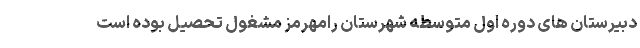
دبیرستان های دوره اول متوسطه شهرستان رامهرمز مشغول تحصیل بوده است